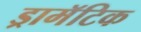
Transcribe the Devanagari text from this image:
ड्रामॅटिक